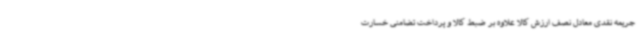
جریمه نقدی معادل نصف ارزش کالا علاوه بر ضبط کالا و پرداخت تضامنی خسارت